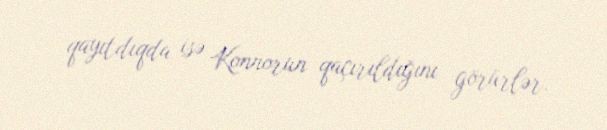
qayıtdıqda isə Konnorun qaçırıldığını görürlər.